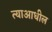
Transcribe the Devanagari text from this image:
त्याआधील